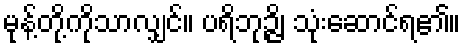
မုန့်တို့ကိုသာလျှင်။ ပရိဘုဉ္ဇိ၊ သုံးဆောင်ရ၏။